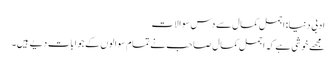
ادبی دنیا: اجمل کمال سے دس سوالات
مجھے خوشی ہے کہ اجمل کمال صاحب نے تمام سوالوں کے جوابات دیے ہیں۔